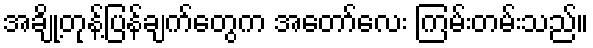
အချို့တုန့်ပြန်ချက်တွေက အတော်လေး ကြမ်းတမ်းသည်။